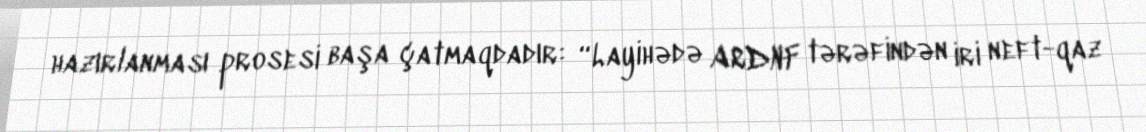
hazırlanması prosesi başa çatmaqdadır: “Layihədə ARDNF tərəfindən iri neft-qaz